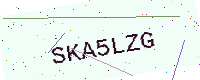
Text: SKA5LZG